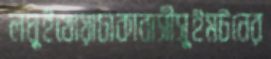
লঘুইখোয়াঢাকাবাসীসুইমটনের